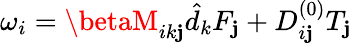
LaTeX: \omega_{i}=\betaM_{ik\mathbf{j}}\hat{{d}}_{k}F_{\mathbf{j}}+D_{i\mathbf{j}}^{(0)}T_{\mathbf{j}}